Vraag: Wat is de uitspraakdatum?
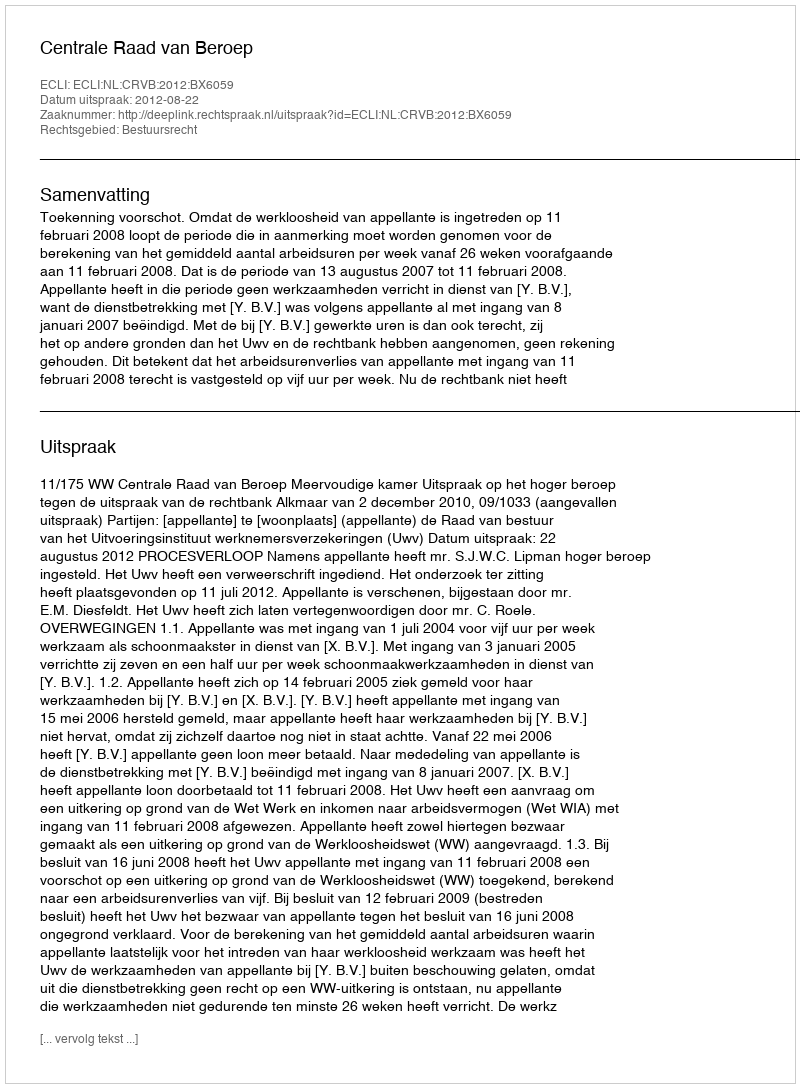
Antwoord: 2012-08-22